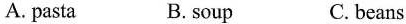
A.pasta B.soup C.beans